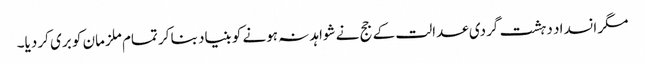
مگر انسداد دہشت گردی عدالت کے جج نے شواہد نہ ہونے کو بنیاد بنا کر تمام ملزمان کو بری کر دیا۔